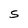
Character: S